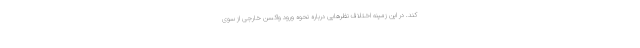
کند. در این زمینه اختلاف نظرهایی درباره نحوه ورود واکسن خارجی از سوی